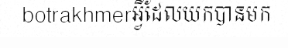
botrakhmerអ្វីដែលយកបានមក